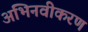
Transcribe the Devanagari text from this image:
अभिनवीकरण